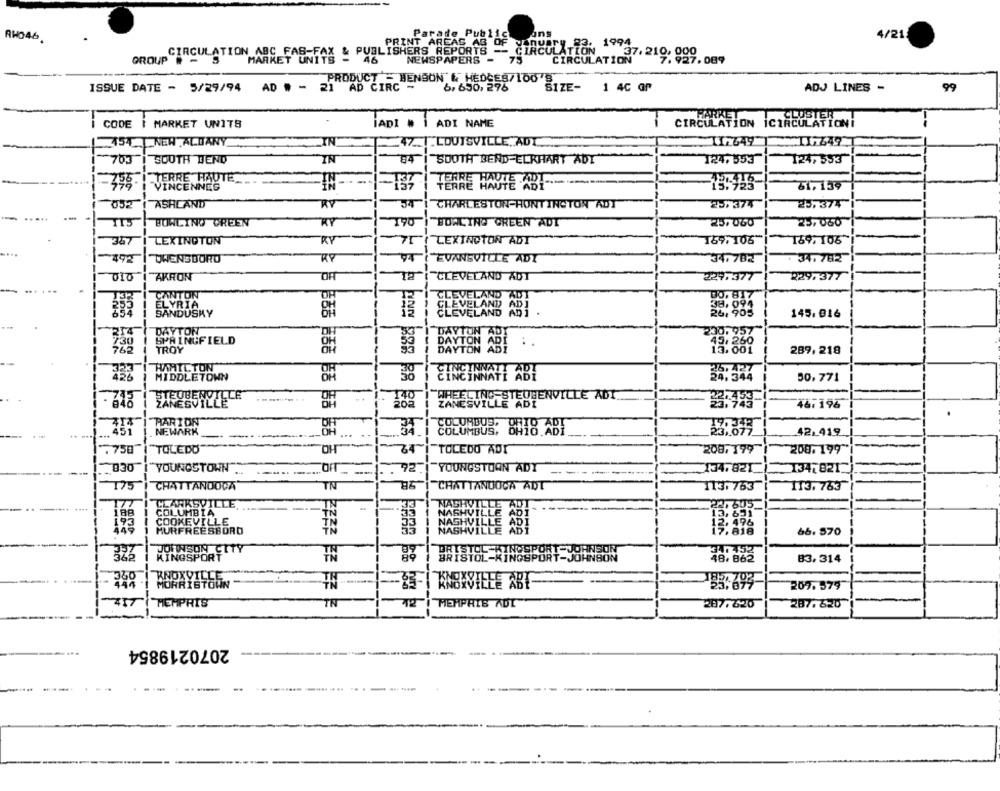
Parade Publichans
AHO46
4/21
PRINT AREAS AS OF January 83.
1994
CIRCULATION ABC FAS-FA
CIRCULATION ABC FAS-FAX & PUBLISHERS REPORTS -- CIRCULATION
37. 210, 000
46
NEWSPAPERS -
75
CIRCULATION
7.927.089
PRODUCT - BENSON & HEDCES/100 8
ISSUE DATE - 5/29/94 AD # - 2
21 AD CIRC -
6, 650, 276
SIZE-
1 4C Of
ADJ LINES -
99
HARKET
CODE | MARKET UNITS
JADI #
ADI NAME
CIRCULATION ICIRCULATION!
454_ _ NEW ALBANY
IN
T:LOUISVILLE, ADY
703
SOUTH TEND
IN
SOUTH BEND-ELKHART ADY
124,553
124,553
TERRE HAUTE_
TERRE HAUTE (D ........
398-
"VINCENNES
TERRE HAUTE ADI
61,139
052
ASHLAND
RY
54
CHARLESTON-HUNTINGTON ADT
257374
25.374
KY
25.000
BOWLING GREEN
"BOWLING GREEN ADT
25,000
357
LEXINGTON
RY
75! LEXINGTON ADT
169. 106
169,106
"OWENSBORO
RY
EVANSVILLE ADT
34.782
347 782
010
AKRON
CLEVELAND AUT
229.377
2297377
CANTON
OH
EVELAND ADT
ELYRIA
65
SANDUSKY
CLEVELAND ABİ
VELAND
145.016
DAYTON
SPRINGFIELD
230
TROY
BAVTON ABI : .
762
289,218
HAMILTON
25%
MIDDLETOWN
58
CINCINNATI ABT
24:544
30.771
STEUBENVILLE
ZANESVILLE
ZANESV
EINSTSTEUBENVILLE ADI
467 196
.
"PARTOF"
NEWARK
COLUMBUS,
EX
42.419
.750
"TOLEDO"
OH
TOLEDO ADT
208.199
208.199
030
YOUNGSTOWN".
92
98
YOUNGSTOWN ADY
---
-----
134.821
134:821
175
CHATTANOOGA
CHATTANOOGA ADT
113. 763
113,763
177
CLARKSVILLE
NASHO
COLUMBIA
COOKEVILLE
MURFREESBORD
NAGAVIL
NA
66. 870
JOHNSON CITY
323
KINGSPORT
JOHNSON
83. 314
340
MORRISTO
TH
53.797
209.579
MEMPHIS
MEMPHIS ADL
287.620
287. 820
2070219854